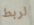
لربط